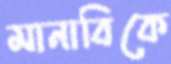
মানাবিকে